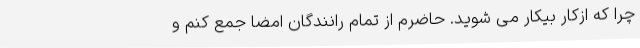
چرا که ازکار بیکار می شوید. حاضرم از تمام رانندگان امضا جمع کنم و